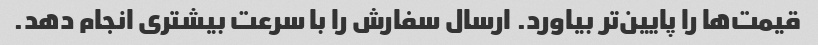
قیمت‌ها را پایین‌تر بیاورد. ارسال سفارش را با سرعت بیشتری انجام دهد.